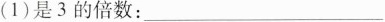
(1)是3的倍数：___